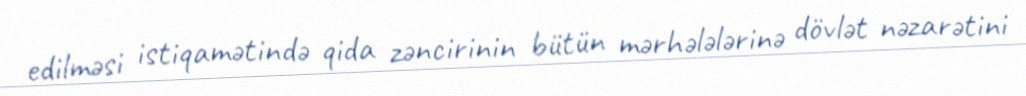
edilməsi istiqamətində qida zəncirinin bütün mərhələlərinə dövlət nəzarətini